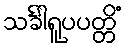
သင်္ခါရူပပတ္တိံ